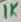
Text: 1K